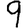
Digit: 9